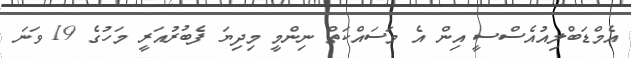
އެމްޑަބްލިއުއެސްސީ އިން އެ މަސައްކަތް ނިންމީ މިދިޔަ ފެބުރުއަރީ މަހުގެ 19 ވަނަ